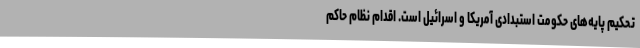
تحکیم پایه‌های حکومت استبدادی آمریکا و اسرائیل است. اقدام نظام حاکم